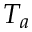
T _ { a }